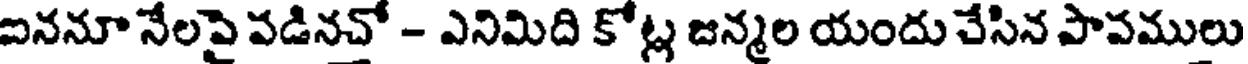
ఐననూ నేలపై పడినచో - ఎనిమిది కోట్ల జన్మల యందు చేసిన పాపములు